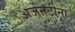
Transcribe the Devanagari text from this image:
अर्जेनटीना